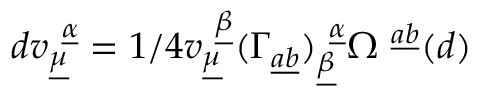
d v _ { \underline { { { \mu } } } } ^ { ~ \underline { { { \alpha } } } } = 1 / 4 v _ { \underline { { { \mu } } } } ^ { ~ \underline { { { \beta } } } } ( \Gamma _ { \underline { { { a } } } \underline { { { b } } } } ) _ { \underline { { { \beta } } } } ^ { ~ \underline { { { \alpha } } } } \Omega ^ { ~ \underline { { { a } } } \underline { { { b } } } } ( d ) \qquad